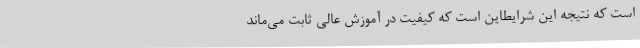
است که نتیجه این شرایطاین است که کیفیت در آموزش عالی ثابت می‌ماند